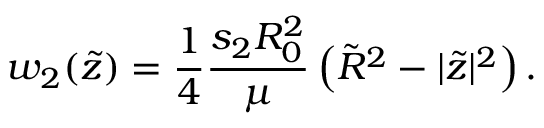
w _ { 2 } ( \tilde { z } ) = \frac { 1 } { 4 } \frac { s _ { 2 } R _ { 0 } ^ { 2 } } { \mu } \left( \tilde { R } ^ { 2 } - | \tilde { z } | ^ { 2 } \right) .